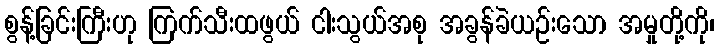
စွန့်ခြင်းကြီးဟု ကြက်သီးထဖွယ် ငါးသွယ်အစု အခွန်ခဲယဉ်းသော အမှုတို့ကို၊